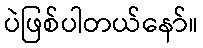
ပဲဖြစ်ပါတယ်နော်။